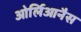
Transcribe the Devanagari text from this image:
ओर्लिआनैस